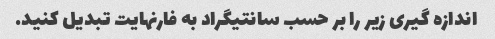
اندازه گیری زیر را بر حسب سانتیگراد به فارنهایت تبدیل کنید.